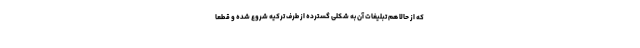
که از حالا هم تبلیغات آن به شکلی گسترده از طرف ترکیه شروع شده و قطعا